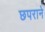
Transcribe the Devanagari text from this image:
छपराने